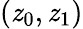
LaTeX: (\mathit{z}_{0},\mathit{z}_{1})